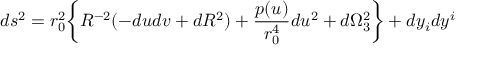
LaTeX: d s ^ { 2 } = r _ { 0 } ^ { 2 } \bigg \{ R ^ { - 2 } ( - d u d v + d R ^ { 2 } ) + { \frac { p ( u ) } { r _ { 0 } ^ { 4 } } } d u ^ { 2 } + d \Omega _ { 3 } ^ { 2 } \biggr \} + d y _ { i } d y ^ { i }